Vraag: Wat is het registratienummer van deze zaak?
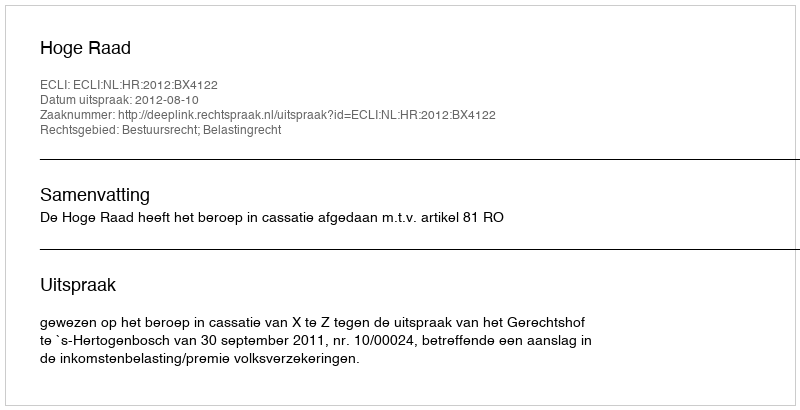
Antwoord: http://deeplink.rechtspraak.nl/uitspraak?id=ECLI:NL:HR:2012:BX4122